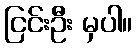
ငြင်းဦး မှပါ။